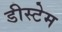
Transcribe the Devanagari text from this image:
डीस्टेम